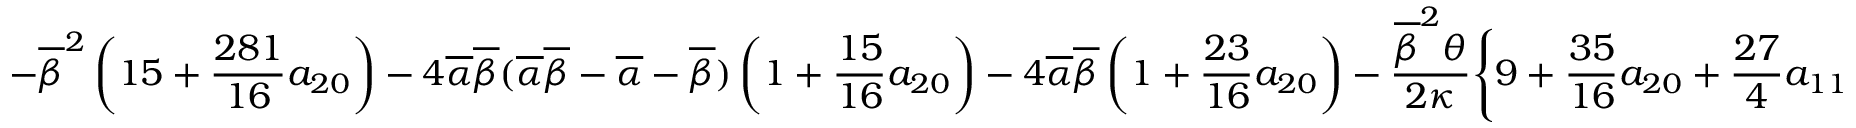
\displaystyle { - \overline { { \beta } } ^ { 2 } \left( 1 5 + \frac { 2 8 1 } { 1 6 } a _ { 2 0 } \right) - 4 \overline { { \alpha } } \overline { { \beta } } ( \overline { { \alpha } } \overline { { \beta } } - \overline { { \alpha } } - \overline { { \beta } } ) \left( 1 + \frac { 1 5 } { 1 6 } a _ { 2 0 } \right) - 4 \overline { { \alpha } } \overline { { \beta } } \left( 1 + \frac { 2 3 } { 1 6 } a _ { 2 0 } \right) - \frac { \overline { { \beta } } ^ { 2 } \theta } { 2 \kappa } \Bigg \{ 9 + \frac { 3 5 } { 1 6 } a _ { 2 0 } + \frac { 2 7 } { 4 } a _ { 1 1 } }